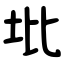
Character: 㘩